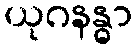
ယုဂနန္ဓာ